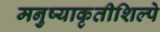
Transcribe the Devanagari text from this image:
मनुष्याकृतीशिल्पे